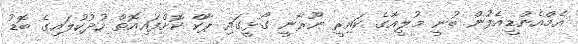
އެމްއެންޑީއެފުން ބުނީ މުލީއާގެ ކައިރީ ނޫރާނީ ގޯޅީގައި ޕާކް ކޮށްފައިއޮތް ހުދުކުލައިގެ ބޮޑު